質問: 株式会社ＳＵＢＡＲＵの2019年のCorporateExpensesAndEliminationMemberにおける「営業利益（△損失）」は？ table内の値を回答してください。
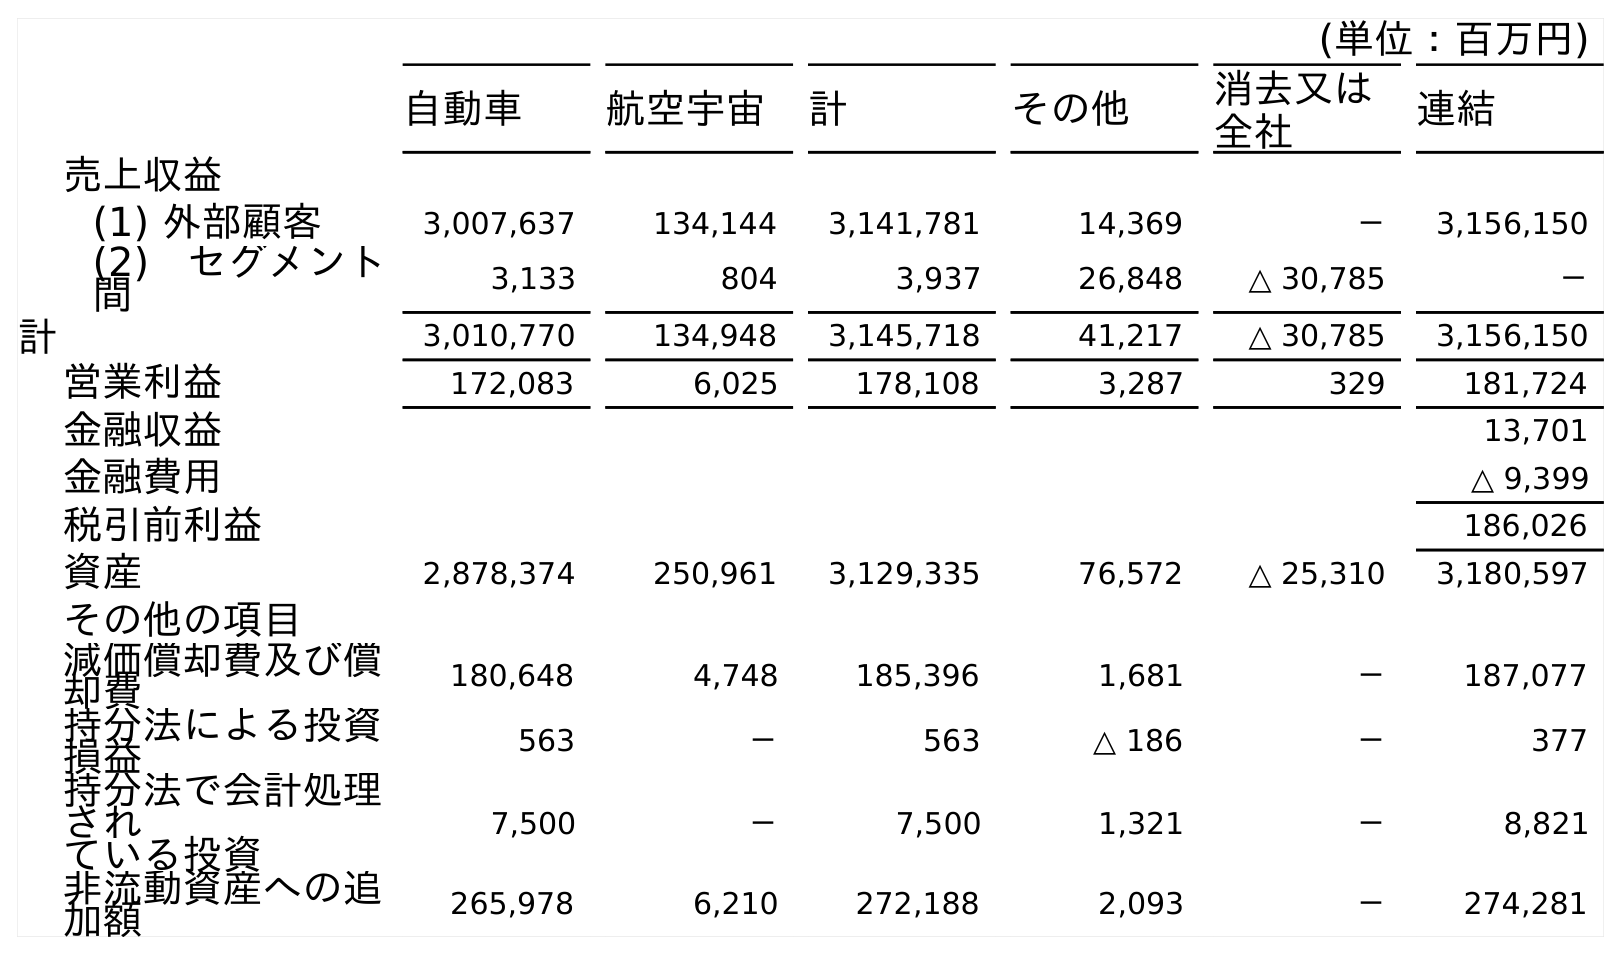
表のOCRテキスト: (単位：百万円) 自動車 航空宇宙 計 その他 消去又は 全社 連結 売上収益 (1) 外部顧客 3,007,637 134,144 3,141,781 14,369 － 3,156,150 (2) セグメント 間 3,133 804 3,937 26,848 △ 30,785 － 計 3,010,770 134,948 3,145,718 41,217 △ 30,785 3,156,150 営業利益 172,083 6,025 178,108 3,287 329 181,724 金融収益 13,701 金融費用 △ 9,399 税引前利益 186,026 資産 2,878,374 250,961 3,129,335 76,572 △ 25,310 3,180,597 その他の項目 減価償却費及び償 却費 180,648 4,748 185,396 1,681 － 187,077 持分法による投資 損益 563 － 563 △ 186 － 377 持分法で会計処理 され ている投資 7,500 － 7,500 1,321 － 8,821 非流動資産への追 加額 265,978 6,210 272,188 2,093 － 274,281
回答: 329